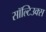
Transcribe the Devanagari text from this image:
सॉल्टिउक्स